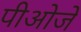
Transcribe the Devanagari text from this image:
पीओजे